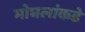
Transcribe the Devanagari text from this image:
मोघलांकडे